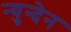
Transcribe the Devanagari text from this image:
न्युन्देन